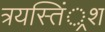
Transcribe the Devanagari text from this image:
त्रयस्तिं्रश